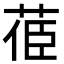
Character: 𦯱